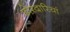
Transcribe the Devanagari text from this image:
छोरदारियां